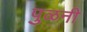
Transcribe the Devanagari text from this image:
पुळनी